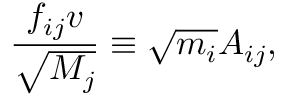
{ \frac { f _ { i j } v } { \sqrt { M _ { j } } } } \equiv \sqrt { m _ { i } } A _ { i j } ,